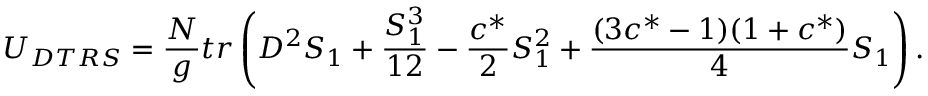
U _ { D T R S } = { \frac { N } { g } } t r \left( D ^ { 2 } S _ { 1 } + { \frac { S _ { 1 } ^ { 3 } } { 1 2 } } - { \frac { c ^ { * } } { 2 } } S _ { 1 } ^ { 2 } + { \frac { ( 3 c ^ { * } - 1 ) ( 1 + c ^ { * } ) } { 4 } } S _ { 1 } \right) .